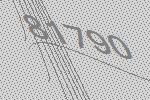
81790